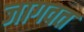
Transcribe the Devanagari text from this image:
जागवत